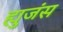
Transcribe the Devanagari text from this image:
ह्युजंस